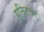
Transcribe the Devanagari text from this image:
युनिटवर